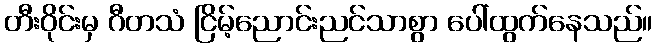
တီးဝိုင်းမှ ဂီတသံ ငြိမ့်ညောင်းညင်သာစွာ ပေါ်ထွက်နေသည်။